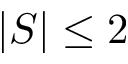
| S | \le 2